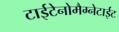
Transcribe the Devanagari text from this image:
टाईटेनोमैग्नेटाईट